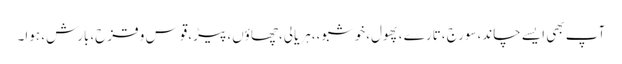
آپ بھی ایسے چاند،سورج ،تارے ،پھول،خوشبو،،ہریالی،چھاؤں،پیڑ،قوس و قزح،بارش، ہوا۔